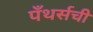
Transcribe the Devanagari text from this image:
पँथर्सची